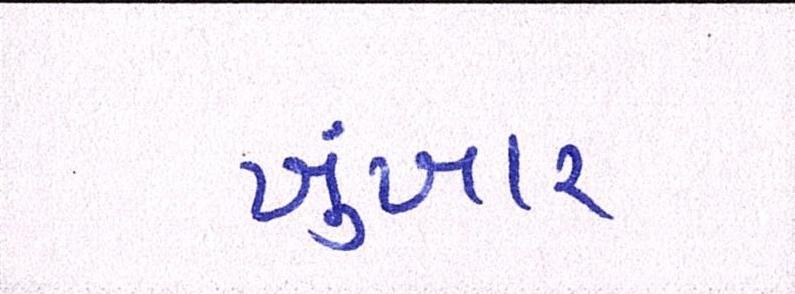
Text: ખુંખાર